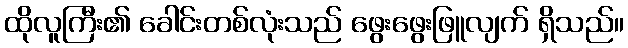
ထိုလူကြီး၏ ခေါင်းတစ်လုံးသည် ဖွေးဖွေးဖြူလျက် ရှိသည်။